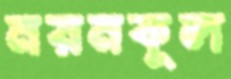
নয়নকূল